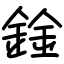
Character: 鍂